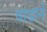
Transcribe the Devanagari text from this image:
धाडाने